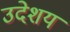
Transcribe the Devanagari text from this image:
उदेशय